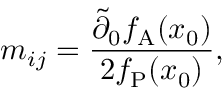
m _ { i j } = \frac { \tilde { \partial } _ { 0 } f _ { \mathrm { A } } ( x _ { 0 } ) } { 2 f _ { \mathrm { P } } ( x _ { 0 } ) } ,